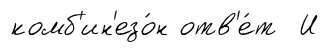
комб'ин'езо́н отв'е́т И